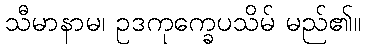
သီမာနာမ၊ ဥဒကုက္ခေပသိမ် မည်၏။